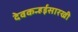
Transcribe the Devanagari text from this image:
देवकन्हईसारखी